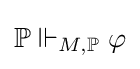
\mathbb {P} \Vdash _{M,\mathbb {P} }\varphi